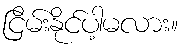
ငြိမ်းနိုင်ပါ့မလား။